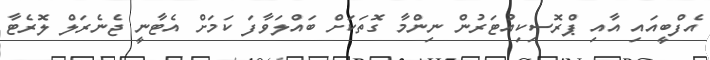
އެފްބީއައި އާއި ޕްރޮސިކިއުޓަރުން ނިންމާ ގޮތަކަށް ބައްލަވާފަ ކަމަށް އެޓާނީ ޖެނެރަލް ލޮރެޓާ